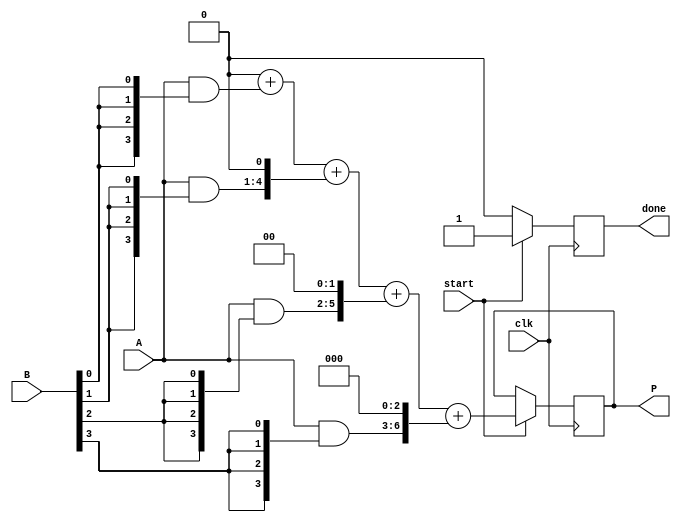
module array_multiplier #(parameter N = 4) (
    input [N-1:0] A,          // N-bit input A
    input [N-1:0] B,          // N-bit input B
    input start,              // Control signal to start multiplication
    input clk,                // Clock signal
    output reg [2*N-1:0] P,   // 2N-bit output product
    output reg done           // Done signal to indicate multiplication completion
);

    reg [N-1:0] partial_products[N-1:0]; // Array to hold partial products
    reg [2*N-1:0] sum;                    // Intermediate sum
    integer i, j;

    always @(posedge clk) begin
        if (start) begin
            // Generate partial products
            for (i = 0; i < N; i = i + 1) begin
                partial_products[i] = A & {N{B[i]}}; // AND each bit of A with the corresponding bit of B
            end
            
            // Initialize sum to zero
            sum = 0;
            // Add partial products with appropriate shifting
            for (i = 0; i < N; i = i + 1) begin
                sum = sum + (partial_products[i] << i); // Shift and add
            end
            
            P <= sum; // Assign the final product
            done <= 1; // Set done signal
        end else begin
            done <= 0; // Reset done signal
        end
    end
endmodule